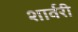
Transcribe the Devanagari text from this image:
शार्वरी